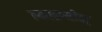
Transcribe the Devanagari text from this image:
क्लाइप्सीड्रा